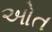
ઓત